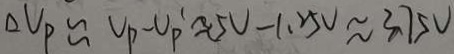
\Delta V _ { P } \approx V _ { P } - V _ { P } \approx 5 V - 1 . 2 5 N \approx 3 . 7 5 V